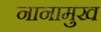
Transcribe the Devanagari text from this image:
नानामुख